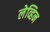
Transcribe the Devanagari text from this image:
लेव्हिन